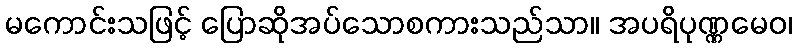
မကောင်းသဖြင့် ပြောဆိုအပ်သောစကားသည်သာ။ အပရိပုဏ္ဏမေဝ၊